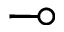
\multimap